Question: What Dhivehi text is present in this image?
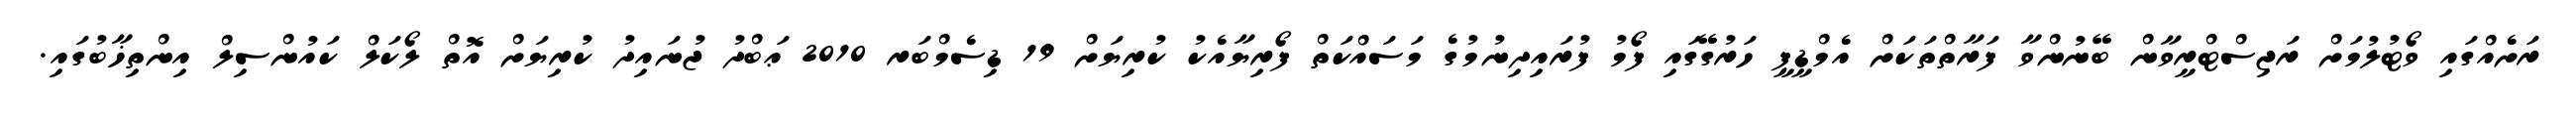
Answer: ރަށެއްގައި ވޯޓުލުމަށް ރަޖިސްޓްރީވާން ބޭނުންވާ ފަރާތްތަކަށް އެމްޑީޕީ ހަރުގޭގައި ފޯމު ފުރައިދިނުމުގެ މަސައްކަތް ފޯރިޔާއެކު ކުރިޔަށް 19 ޑިސެމްބަރ 2010 ޢަބްދު ޖުނައިދު ކުރިޔަށް އޮތް ލޯކަލް ކައުންސިލް އިންތިޚާބުގައި.